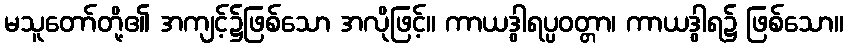
မသူတော်တို့၏ အကျင့်၌ဖြစ်သော အလိုဖြင့်။ ကာယဒွါရပ္ပဝတ္တာ၊ ကာယဒွါရ၌ ဖြစ်သော။